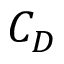
C _ { D }